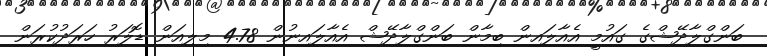
ބަންގްލާދޭޝްގެ ގައުމީ އެއާލައިން ބިމާން ބަންގްލާދޭޝް އެއާލައިނުން 4.78 މިލިއަން ޑޮލަރު ހަރަދުކުރަން